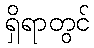
ရှိရာတွင်